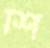
শি